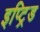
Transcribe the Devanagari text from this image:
इप्ट्रिड